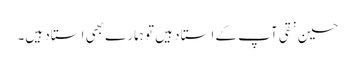
حسین نقی آپ کے استاد ہیں تو ہمارے بھی استاد ہیں۔